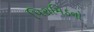
પિરામિડનો